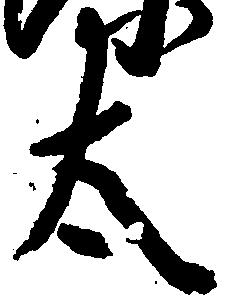
太